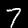
Label: 7